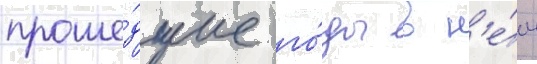
проше́дшие го́ды в н'е́м